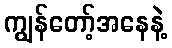
ကျွန်တော့်အနေနဲ့